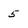
Character: 5